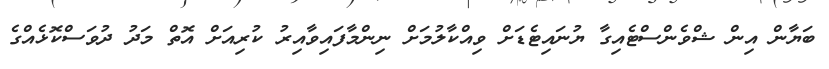
ބަޔާން އިން ޝްވެންސްޓެއިގާ ޔުނައިޓެޑަށް ވިއްކާލުމަށް ނިންމާފައިވާއިރު ކުރިއަށް އޮތް މަދު ދުވަސްކޮޅެއްގެ